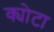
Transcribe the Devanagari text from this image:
क्योटा